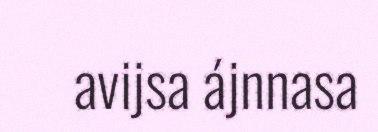
avijsa ájnnasa